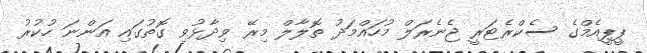
ޕީޕީއެމްގެ ސެކްރެޓަރީ ޖެނެރަލް މުހައްމަދު ތޮލާލް މިރޭ ވިދާޅުވި ގޮތުގައި އަންނަ ހުކުރު